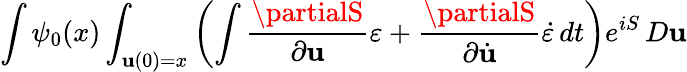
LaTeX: \int\psi_{0}(x)\int_{\mathbf{u}(0)=x}\left(\int{\frac{{\partialS}}{{\partial\mathbf{u}}}}\varepsilon+{\frac{{\partialS}}{{\partial{\dot{{\mathbf{u}}}}}}}{\dot{{\varepsilon}}}\, dt\right)e^{iS}\, D\mathbf{u}